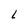
Character: L